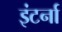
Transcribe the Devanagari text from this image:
इंटर्ना